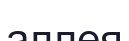
аллея